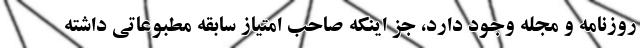
روزنامه و مجله وجود دارد، جز اینکه صاحب امتیاز سابقه مطبوعاتی داشته